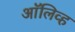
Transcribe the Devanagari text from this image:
अाॅलिव्ह